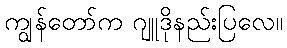
ကျွန်တော်က ဂျူဒိုနည်းပြလေ။